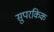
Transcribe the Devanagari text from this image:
सुपरकिक